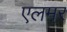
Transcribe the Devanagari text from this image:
एलमर